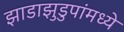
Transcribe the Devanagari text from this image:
झाडाझुडुपांमध्ये